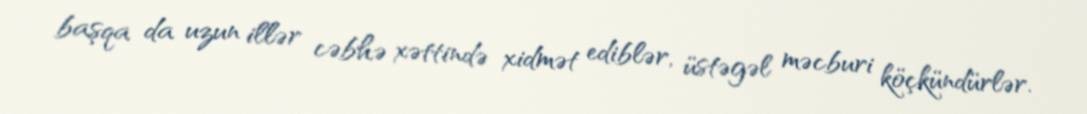
başqa da uzun illər cəbhə xəttində xidmət ediblər, üstəgəl məcburi köçkündürlər.